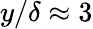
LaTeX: y/\delta\approx 3